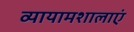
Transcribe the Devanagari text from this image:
व्यायामशालाएं